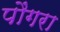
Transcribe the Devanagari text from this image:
पौंगरा